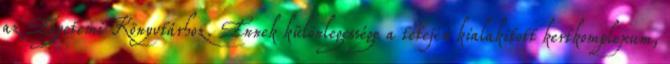
az Egyetemi Könyvtárhoz. Ennek különlegessége a tetején kialakított kertkomplexum,